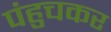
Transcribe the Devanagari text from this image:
पंहुचकर